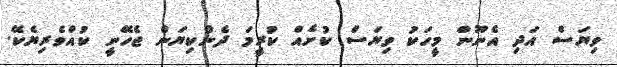
ވިޔަސް އަދި އެނޫން މީހަކު ވިޔަސް ކުށެއް ކުރީމަ ދެންކިޔަން ޖެހޭނީ ކުއްވެރިޔެކޭ.